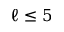
\ell \leq 5